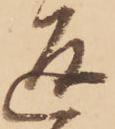
返